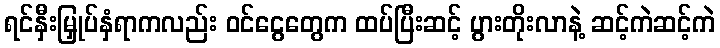
ရင်နှီးမြှုပ်နှံရာကလည်း ဝင်ငွေတွေက ထပ်ပြီးဆင့် ပွားတိုးလာနဲ့ ဆင့်ကဲဆင့်ကဲ